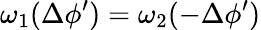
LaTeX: \omega_{1}(\Delta\phi^{\prime})=\omega_{2}(-\Delta\phi^{\prime})